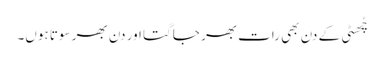
چُھٹی کے دن بھی رات بھر جاگتا اور دن بھر سوتا ہوں۔